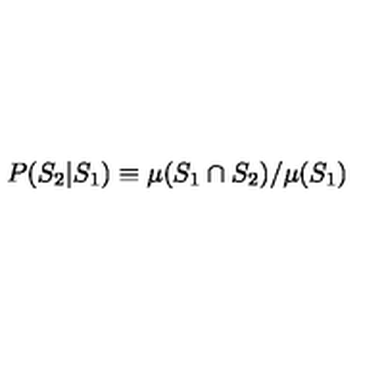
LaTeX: P ( S _ { 2 } | S _ { 1 } ) \equiv \mu ( S _ { 1 } \cap S _ { 2 } ) / \mu ( S _ { 1 } )